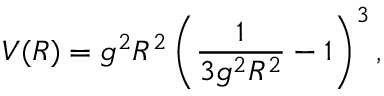
V ( R ) = g ^ { 2 } R ^ { 2 } \left( \frac { 1 } { 3 g ^ { 2 } R ^ { 2 } } - 1 \right) ^ { 3 } ,